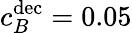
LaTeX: c_{B}^{\mathrm{dec}}=0.05